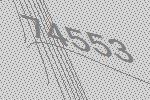
74553